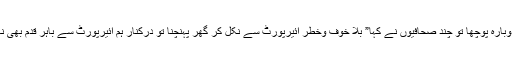
شاہ فیصل نے دوبارہ پوچھا تو چند صحافیوں نے کہا” بلا خوف وخطر ائیرپورٹ سے نکل کر گھر پہنچنا تو درکنار ہم ائیرپورٹ سے باہر قدم بھی نہیں رکھ سکتے۔